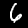
Digit: 6